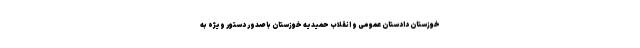
خوزستان دادستان عمومی و انقلاب حمیدیه خوزستان با صدور دستور ویژه به